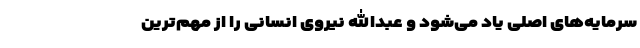
سرمایه‌های اصلی یاد می‌شود و عبدالله نیروی انسانی را از مهم‌ترین